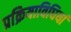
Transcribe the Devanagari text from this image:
प्रक्रियाविधियां